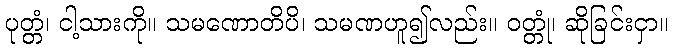
ပုတ္တံ၊ ငါ့သားကို။ သမဏောတိပိ၊ သမဏဟူ၍လည်း။ ဝတ္တုံ၊ ဆိုခြင်းငှာ။